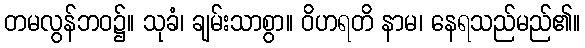
တမလွန်ဘဝ၌။ သုခံ၊ ချမ်းသာစွာ။ ဝိဟရတိ နာမ၊ နေရသည်မည်၏။